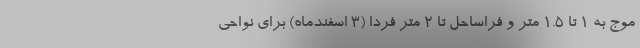
موج به ۱ تا ۱.۵ متر و فراساحل تا ۲ متر فردا (۳ اسفندماه) برای نواحی